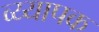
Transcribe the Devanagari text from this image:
व्य्यापक